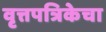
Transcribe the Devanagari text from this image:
वृत्तपत्रिकेचा